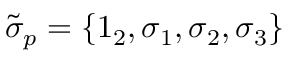
\widetilde { \sigma } _ { p } = \left\{ 1 _ { 2 } , \sigma _ { 1 } , \sigma _ { 2 } , \sigma _ { 3 } \right\}